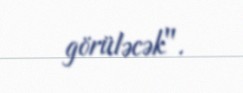
görüləcək".